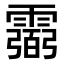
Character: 𩅭